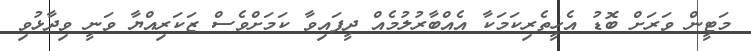
މަޓީން ވަރަށް ބޮޑު އެހީތެރިކަމަކާ އެއްބާރުލުމެއް ދީފައިވާ ކަމަށްވެސް ޒަކަރިއްޔާ ވަނީ ވިދާޅުވި